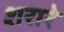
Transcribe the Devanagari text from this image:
शरारे